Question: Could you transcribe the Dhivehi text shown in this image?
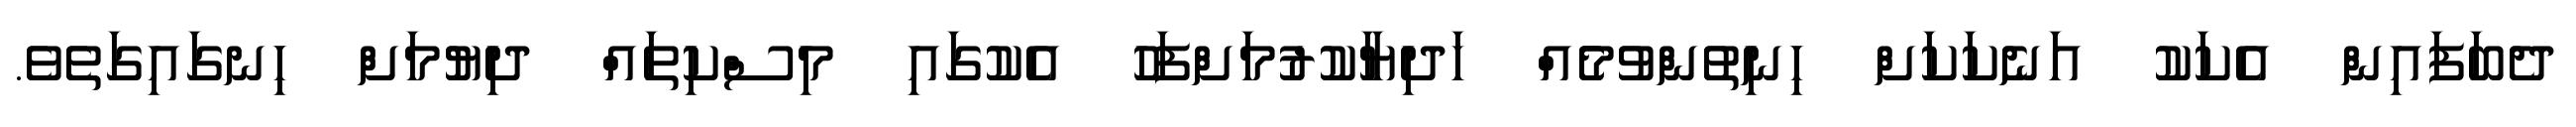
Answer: ދެބަފައިން އެކަކު އަނެކަކަށް ހިނިތުންވުމެެއް ހަދިޔާކުރުމަށްފަހު އެކުގައި މިސްކިތައް ދިޔުމަށް ހިނގައިގަތެވެ.